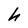
Character: h